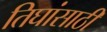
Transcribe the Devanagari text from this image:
तिघांसाठी